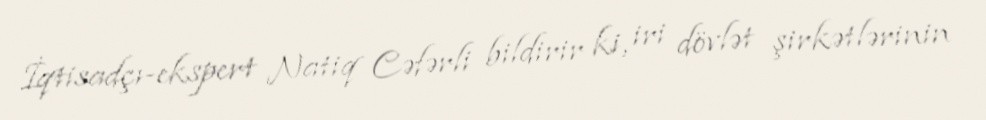
İqtisadçı-ekspert Natiq Cəfərli bildirir ki, iri dövlət şirkətlərinin